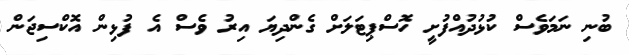
ބުނި ނަމަވެސް ކުޅުދުއްފުށީ ހޮސްޕިޓަލަށް ގެންދިޔަ އިރު ވެސް އެ ފުޅިން އޮކްސިޖަން